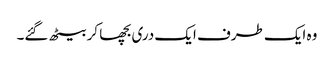
وہ ایک طرف ایک دری بچھا کر بیٹھ گئے۔